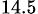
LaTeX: _{14.5}